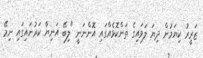
ޒަރީރު ކިޔަމުން ދިޔަ ލަވައިގެ ތަންކޮޅެއްގައި އޮންނަނީ "ލިބޭ އަނިޔާ ކަރުނައިގައި ނިމޭ